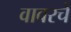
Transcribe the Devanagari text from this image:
वावरचे